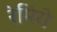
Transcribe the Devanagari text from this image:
रेमिरो